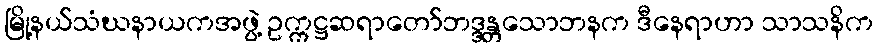
မြို့နယ်သံဃနာယကအဖွဲ့ ဥက္ကဋ္ဌဆရာတော်ဘဒ္ဒန္တသောဘနက ဒီနေရာဟာ သာသနိက